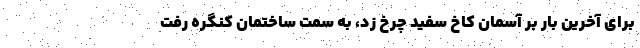
برای آخرین بار بر آسمان کاخ سفید چرخ زد، به سمت ساختمان کنگره رفت